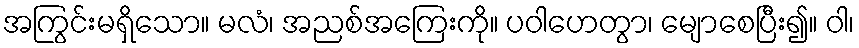
အကြွင်းမရှိသော။ မလံ၊ အညစ်အကြေးကို။ ပဝါဟေတွာ၊ မျောစေပြီး၍။ ဝါ၊